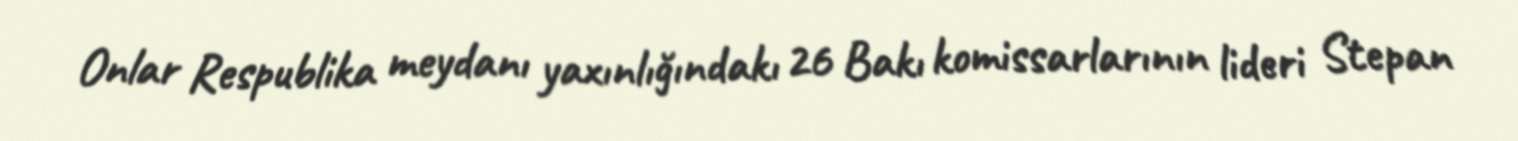
Onlar Respublika meydanı yaxınlığındakı 26 Bakı komissarlarının lideri Stepan